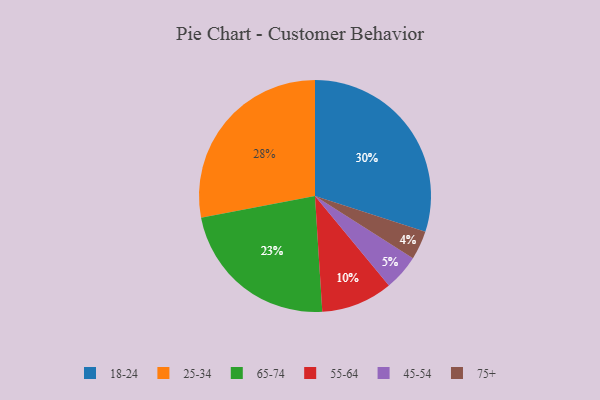
{"axis": {"x": "Category", "y": "Percentage"}, "legend": ["18-24", "25-34", "45-54", "55-64", "65-74", "75+"], "data": [{"x": "65-74", "y": 23, "type": "65-74"}, {"x": "18-24", "y": 30, "type": "18-24"}, {"x": "45-54", "y": 5, "type": "45-54"}, {"x": "55-64", "y": 10, "type": "55-64"}, {"x": "25-34", "y": 28, "type": "25-34"}, {"x": "75+", "y": 4, "type": "75+"}]}